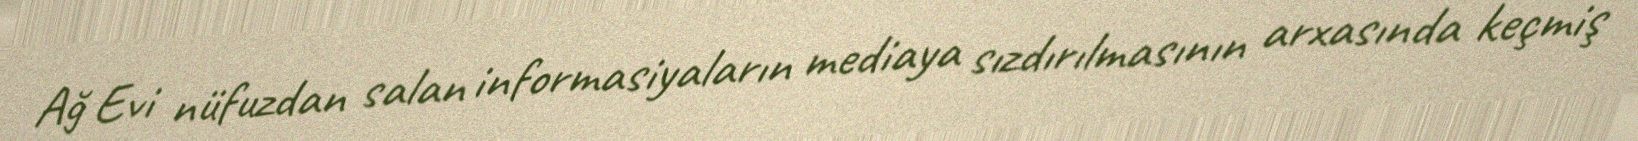
Ağ Evi nüfuzdan salan informasiyaların mediaya sızdırılmasının arxasında keçmiş